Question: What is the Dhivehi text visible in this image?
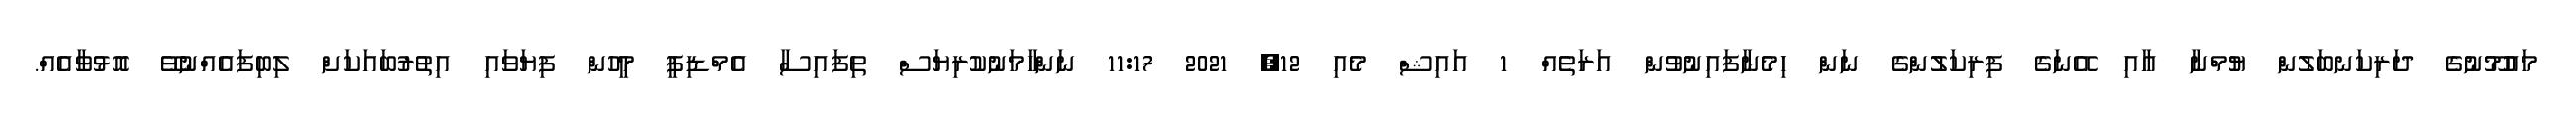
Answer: މައުމޫނުގެ ދަރިކަނބަލުން ޔުމްނާ އާއި އޭނަގެ ފިރިކަލުންގެ ނަން ހިމެނާފައިނުވުން އަރަތެއް 1 އައިޝް މެއި 12, 2021 11:17 ނަންހާމަނުކުރިޔަސް ތިފައިސާ އެމްޑިޕީ މީހުން ފިޔަވައި އިތުރުބައަކަށް ލިބިފައެއްނުވޭ އޮޅުވާއެއް.